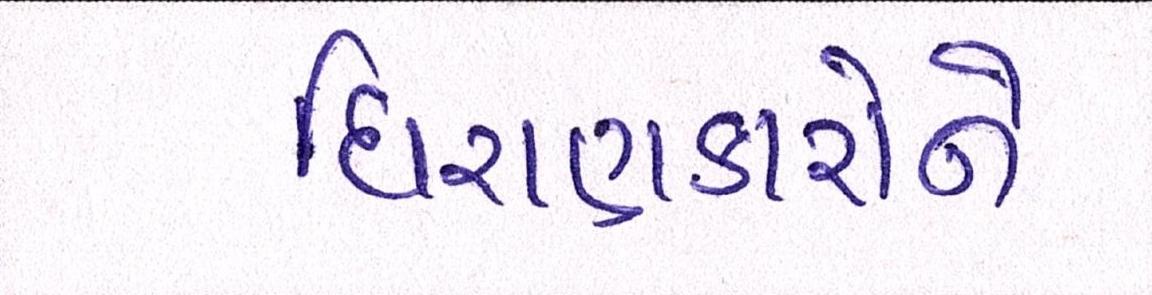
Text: ધિરાણકારોને